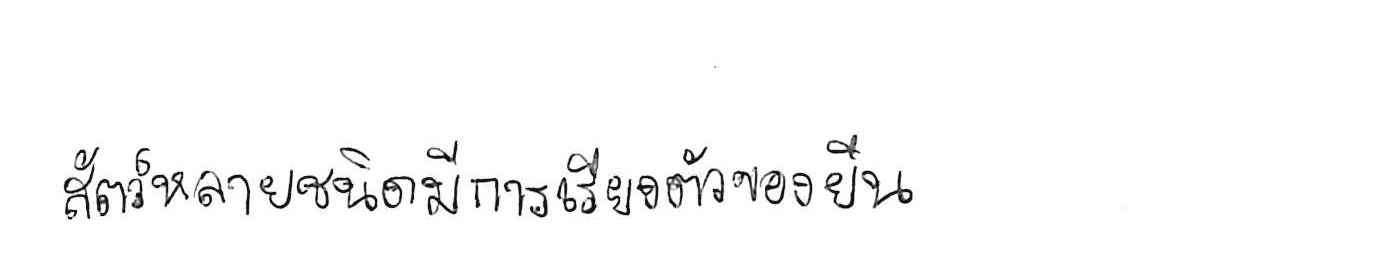
สัตว์หลายชนิดมีการเรียงตัวของยีน